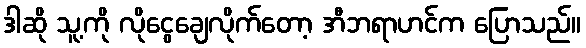
ဒါဆို သူ့ကို လိုငွေချေလိုက်တော့ အီဘရာဟင်က ပြောသည်။